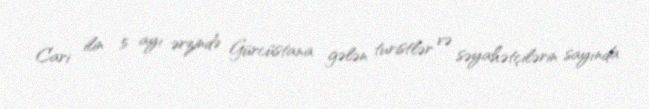
Cari ilin 5 ayı ərzində Gürcüstana gələn turistlər və səyahətçilərin sayında